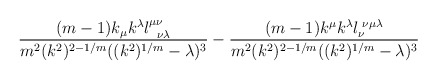
\begin{align*}\frac{(m-1)k_{\mu}k^{\lambda} l^{\mu \nu}_{\,\,\,\,\nu \lambda}} {m^2 (k^2)^{2-1/m} ((k^2)^{1/m} - \lambda)^3} -\frac{ (m-1) k^{\mu} k^{\lambda} l_{\nu}^{\,\,\nu \mu \lambda}} {m^2(k^2)^{2-1/m}((k^2)^{1/m} - \lambda)^3}\end{align*}